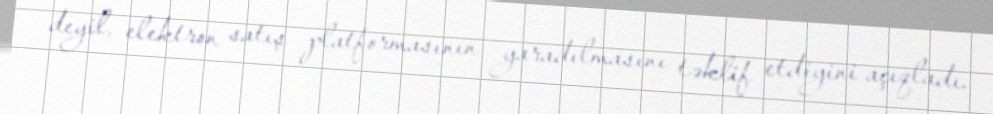
deyil, elektron satış platformasının yaradılmasını təklif etdiyini açıqladı.